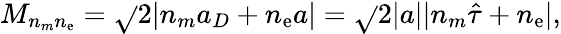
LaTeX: M_{n_{m}n_{\mathrm{e}}}=\sqrt{}{2}|n_{m}a_{D}+n_{\mathrm{e}}a|=\sqrt{}{2}|a||n_{m}\hat{{\tau}}+n_{\mathrm{e}}|,